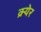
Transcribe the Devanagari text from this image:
क्र्येर